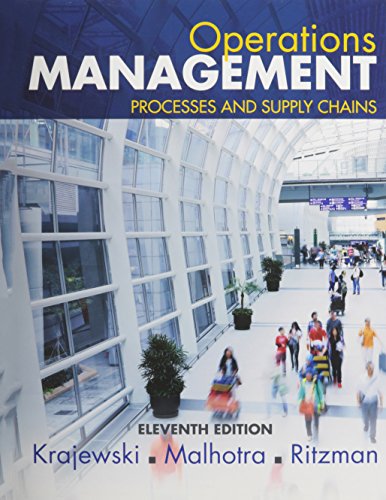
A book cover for Operations Management: Processes and Supply Chains Plus MyOMLab with Pearson eText -- Access Card Package (11th Edition); Lee J. Krajewski; Business & Money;